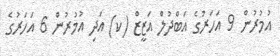
އުމުރުން 9 އަހަރުގެ އަބްދުލް އަޒީޒް (ކ) އަދި އުމުރުން 6 އަހަރުގެ